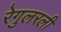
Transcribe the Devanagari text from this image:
रेगुलरली